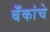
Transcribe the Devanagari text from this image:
बॅंकांचे